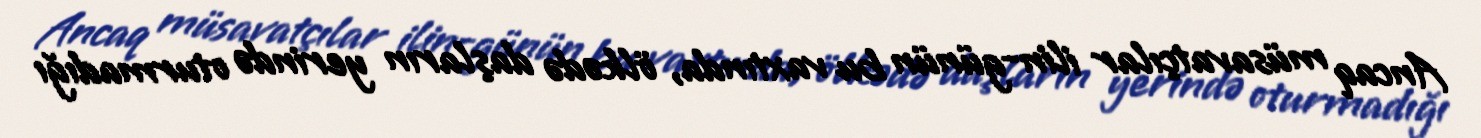
Ancaq müsavatçılar ilin-günün bu vaxtında, ölkədə daşların yerində oturmadığı